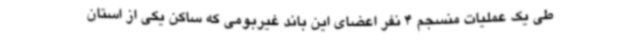
طی یک عملیات منسجم 4 نفر اعضای این باند غیربومی که ساکن یکی از استان